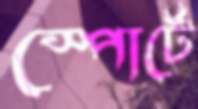
স্পোর্টে